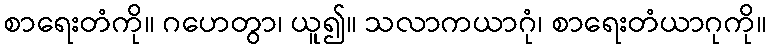
စာရေးတံကို။ ဂဟေတွာ၊ ယူ၍။ သလာကယာဂုံ၊ စာရေးတံယာဂုကို။